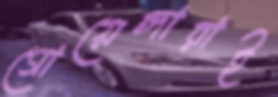
গোয়েন্দারাই